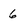
Character: 6